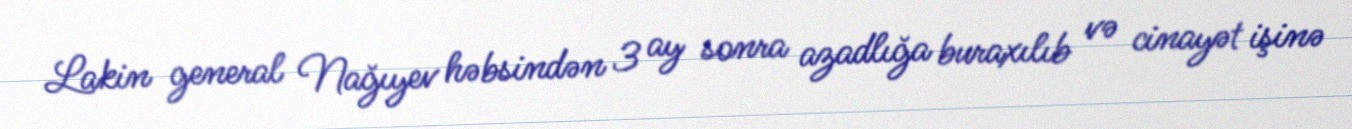
Lakin general Nağıyev həbsindən 3 ay sonra azadlığa buraxılıb və cinayət işinə